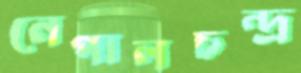
নেপালচন্দ্র